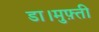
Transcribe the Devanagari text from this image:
डा।मुफ़्ती